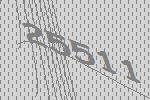
25511